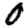
Digit: 0